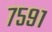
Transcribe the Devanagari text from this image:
७५९१